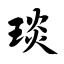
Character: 琰